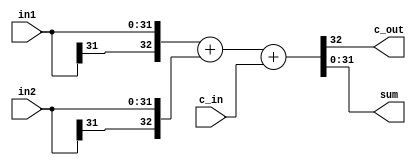
module Adder(in1, in2, c_in, c_out, sum);

parameter DATA_LEN = 32;

input [DATA_LEN - 1 : 0] in1, in2;
input c_in;

output [DATA_LEN - 1 : 0] sum;

output c_out;

wire [DATA_LEN : 0] sum_shadow, cin_tmp, in1_tmp, in2_tmp;


assign cin_tmp = {{(DATA_LEN){1'b0}}, c_in};

assign in1_tmp = {in1[31], in1};
assign in2_tmp = {in2[31], in2};

assign sum_shadow = in1_tmp + in2_tmp + cin_tmp;
assign sum = sum_shadow[DATA_LEN - 1 : 0];
assign c_out = sum_shadow[DATA_LEN];




endmodule